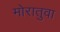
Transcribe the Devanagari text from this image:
मोरातुवा